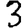
Digit: 3